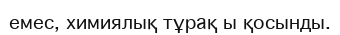
емес, химиялық тұрақ ы қосынды.